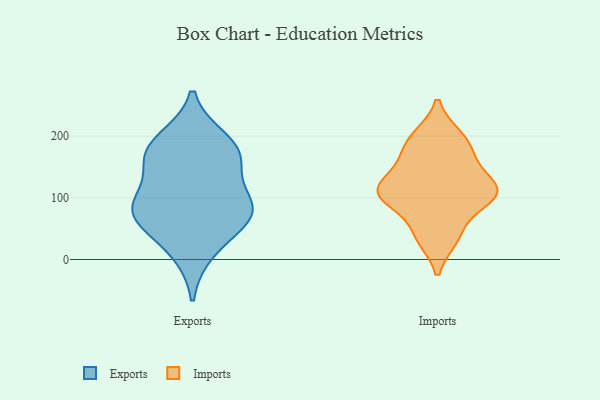
{"axis": {"x": "Energy Usage (MWh)", "y": "Value"}, "legend": ["Exports", "Imports"], "data": [{"x": "", "y": 80, "type": "Exports"}, {"x": "", "y": 162, "type": "Exports"}, {"x": "", "y": 93, "type": "Exports"}, {"x": "", "y": 193, "type": "Exports"}, {"x": "", "y": 88, "type": "Exports"}, {"x": "", "y": 165, "type": "Exports"}, {"x": "", "y": 62, "type": "Exports"}, {"x": "", "y": 73, "type": "Exports"}, {"x": "", "y": 176, "type": "Exports"}, {"x": "", "y": 13, "type": "Exports"}, {"x": "", "y": 93, "type": "Imports"}, {"x": "", "y": 168, "type": "Imports"}, {"x": "", "y": 41, "type": "Imports"}, {"x": "", "y": 103, "type": "Imports"}, {"x": "", "y": 194, "type": "Imports"}, {"x": "", "y": 112, "type": "Imports"}, {"x": "", "y": 199, "type": "Imports"}, {"x": "", "y": 109, "type": "Imports"}, {"x": "", "y": 153, "type": "Imports"}, {"x": "", "y": 109, "type": "Imports"}, {"x": "", "y": 121, "type": "Imports"}, {"x": "", "y": 35, "type": "Imports"}]}